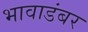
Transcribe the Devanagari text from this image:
भावाडंबर